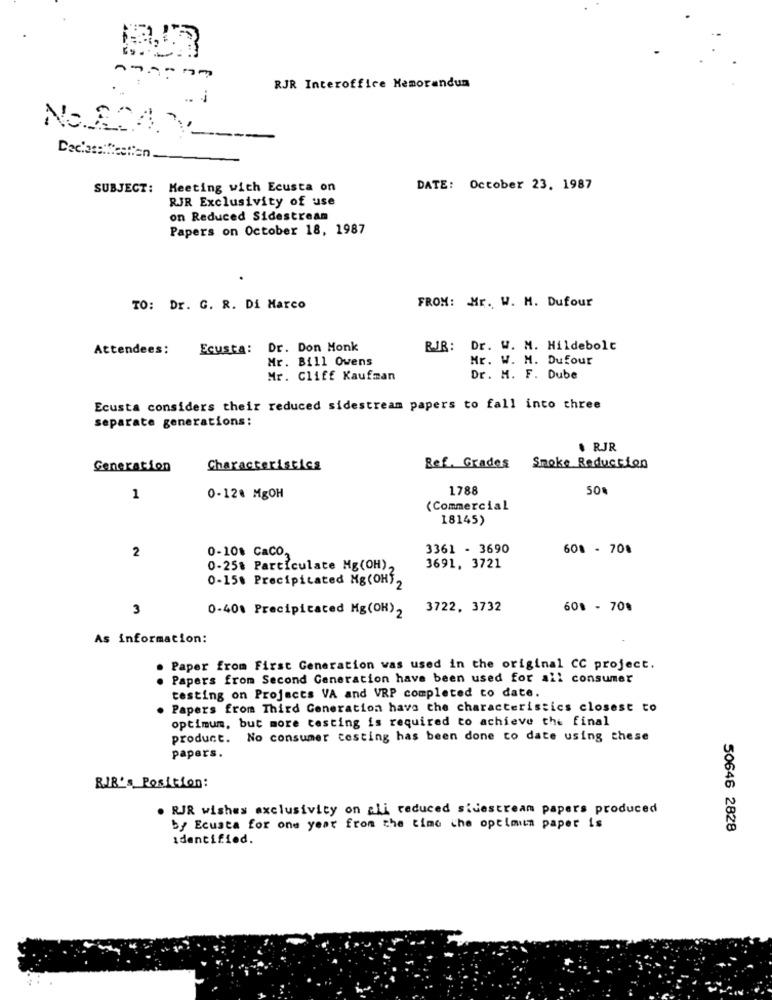
RJR Interoffice Memorandum
NORDAY __
SUBJECT: Meeting with Ecusta on
DATE: October 23. 1987
RJR Exclusivity of use
on Reduced Sidestream
Papers on October 18, 1987
FROM: Mr. W. M. Dufour
TO: Dr. G. R. Di Marco
Attendees:
Ecusta: Dr. Don Monk
RJR: Dr. W. M. Hildebolt
Mr. Bill Owens
Mr. W. M. Dufour
Mr. Cliff Kaufman
Dr. M. F. Dube
Ecusta considers their reduced sidestream papers to fall into three
separate generations:
. RJR
Generation
Characteristics
Ref. Grades
Smoke Reduction
1788
50%
1
0-128 MgOH
(Commercial
18145)
2
0-108 CaCO.
3361 - 3690
601 - 70%
0-25# Particulate Mg(OH),
3691, 3721
0-15% Precipitated Mg(OH) 2
3
0-40% Precipitated Mg(OH),
3722, 3732
601 - 70%
As information:
. Paper from First Generation was used in the original CC project.
Papers from Second Generation have been used for all consumer
testing on Projects VA and VRP completed to date.
Papers from Third Generation have the characteristics closest to
optimum, but more testing is required to achieve the final
product. No consumer testing has been done to date using these
papers.
RJR's Position:
. RJR wishes exclusivity on ali reduced sidestream papers produced
by Ecusta for one year from the time che optimum paper is
50646 2828
identified.